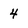
Character: 4